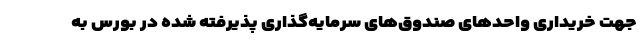
جهت خریداری واحدهای صندوق‌های سرمایه‌گذاری پذیرفته شده در بورس به